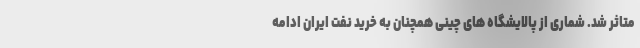
متاثر شد. شماری از پالایشگاه های چینی همچنان به خرید نفت ایران ادامه